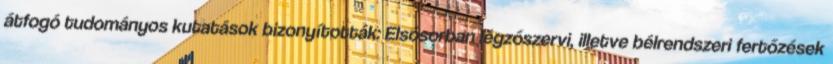
átfogó tudományos kutatások bizonyították: Elsősorban légzőszervi, illetve bélrendszeri fertőzések